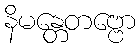
နိမန္တေတဗ္ဗော